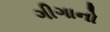
ગીગાનો